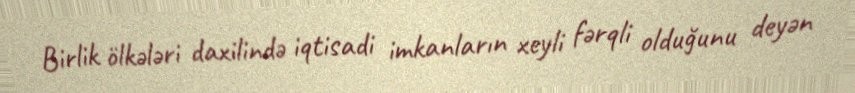
Birlik ölkələri daxilində iqtisadi imkanların xeyli fərqli olduğunu deyən